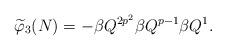
LaTeX: \begin{align*}\widetilde{\varphi}_3(N)=-\beta Q^{2p^2}\beta Q^{p-1}\beta Q^{1}.\end{align*}